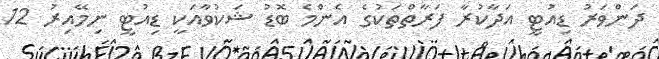
ދަންވަރު ޑިއުޓީ އަދާކުރާ ފަރާތްތަކުގެ އެންމެ ބޮޑު ޝަކުވާއަކީ ޑިއުޓީ ނިމޭއިރު 12